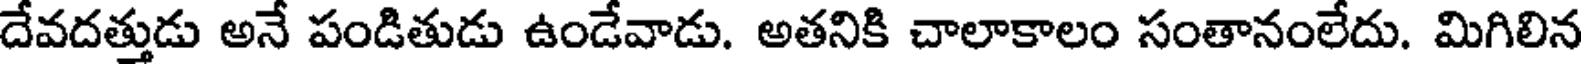
దేవదత్తుడు అనే పండితుడు ఉండేవాడు. అతనికి చాలాకాలం సంతానంలేదు. మిగిలిన